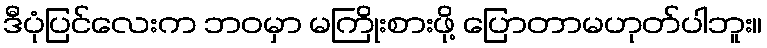
ဒီပုံပြင်လေးက ဘဝမှာ မကြိုးစားဖို့ ပြောတာမဟုတ်ပါဘူး။